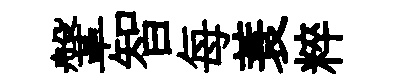
鞶智每蓑粹